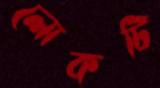
লোকটি